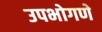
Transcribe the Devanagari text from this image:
उपभोगणे